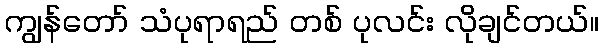
ကျွန်တော် သံပုရာရည် တစ် ပုလင်း လိုချင်တယ်။